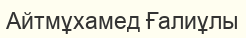
Айтмұхамед Ғалиұлы